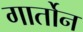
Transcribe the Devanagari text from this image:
गार्तोन